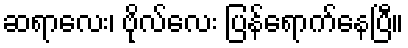
ဆရာလေး၊ ဗိုလ်လေး ပြန်ရောက်နေပြီ။